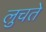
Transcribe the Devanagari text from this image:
लुचते